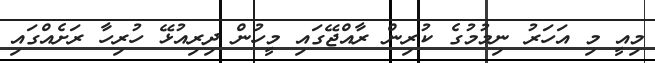
މިއީ މި އަހަރު ނިމުމުގެ ކުރިން ރާއްޖޭގައި މީހުން ދިރިއުޅޭ ހުރިހާ ރަށެއްގައި